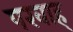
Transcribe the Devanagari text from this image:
परवाह्